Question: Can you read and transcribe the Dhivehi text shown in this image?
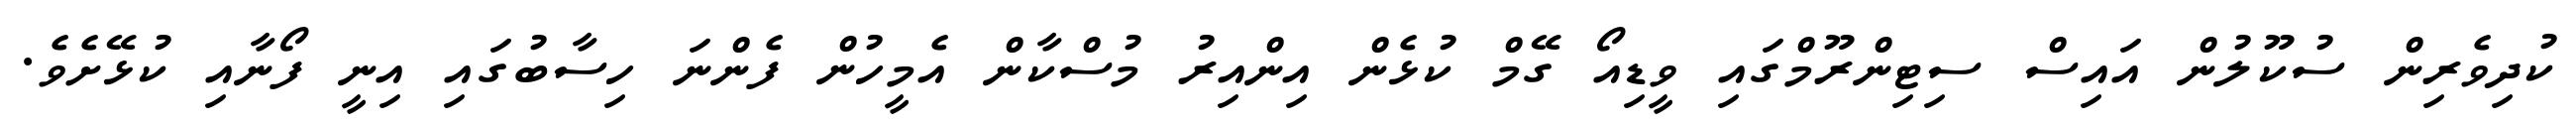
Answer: ކުދިވެރިން ސުކޫލުން އައިސް ސިޓިންރޫމްގައި ވީޑިއޯ ގޭމް ކުޅެން އިންއިރު މުސްކާން އެމީހުން ފެންނަ ހިސާބުގައި އިނީ ފޯނާއި ކުޅޭށެވެ.